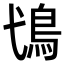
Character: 𩾢